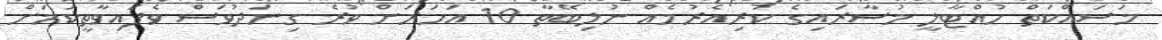
މަސައްކަތް ހުއްޓާލީ މުސާރައިގެ ކުރިއެރުމެއް ނުލިބޭތާ 10 އަހަރަށް ވުރެ ގިނަދުވަސް ވެފައިވާތީކަމަށް